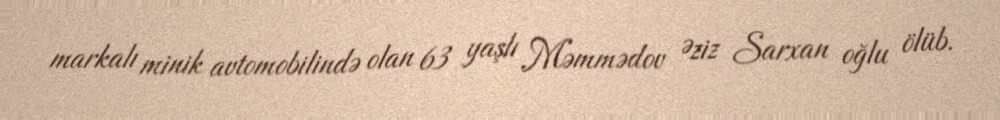
markalı minik avtomobilində olan 63 yaşlı Məmmədov Əziz Sarxan oğlu ölüb.